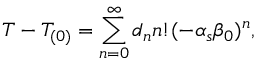
T - T _ { ( 0 ) } = \sum _ { n = 0 } ^ { \infty } d _ { n } n ! ( - \alpha _ { s } \beta _ { 0 } ) ^ { n } ,